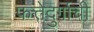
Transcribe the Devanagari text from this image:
फत्तेदुर्गाची